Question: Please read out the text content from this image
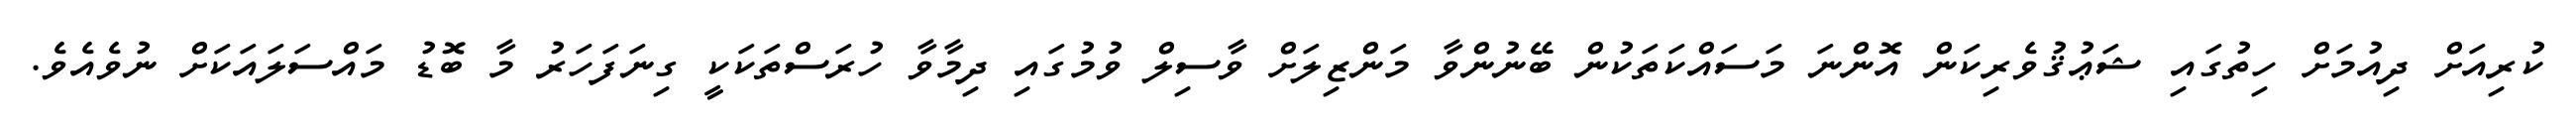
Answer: ކުރިއަށް ދިއުމަށް ހިތުގައި ޝަޢުޤުވެރިކަން އޮންނަ މަސައްކަތަކުން ބޭނުންވާ މަންޒިލަށް ވާސިލް ވުމުގައި ދިމާވާ ހުރަސްތަކަކީ ގިނަފަހަރު މާ ބޮޑު މައްސަލައަކަށް ނުވެއެވެ.